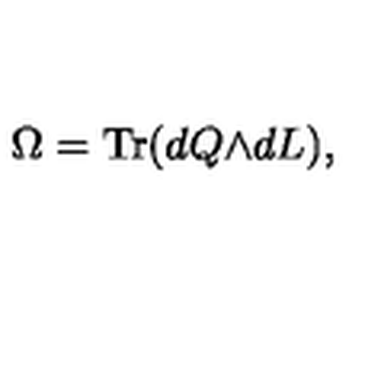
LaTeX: \Omega = \mathrm { T r } ( d Q { \wedge } d L ) ,